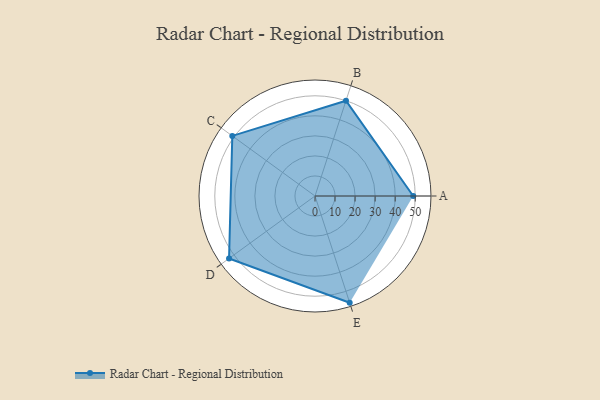
{"axis": {"x": "Skill", "y": "Score"}, "legend": ["Profile"], "data": [{"x": "A", "y": 49.0, "type": "Profile"}, {"x": "B", "y": 50.0, "type": "Profile"}, {"x": "C", "y": 51.0, "type": "Profile"}, {"x": "D", "y": 53.0, "type": "Profile"}, {"x": "E", "y": 56.0, "type": "Profile"}]}